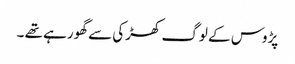
پڑوس کے لوگ کھڑکی سے گھورہے تھے ۔